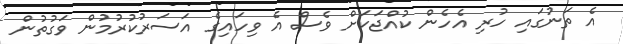
އެ ތަނުގައި ހުރި އެހެން ކުއްޖަކަށް ވެސް އެ ވިހައިގެ އަސަރުކުރުމުން ވަގުތުން